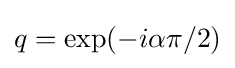
q=\exp(-i\alpha \pi /2)